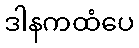
ဒါနကထံပေ